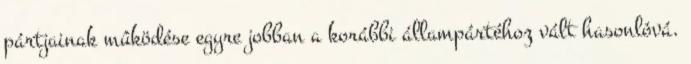
pártjainak mûködése egyre jobban a korábbi állampártéhoz vált hasonlóvá.